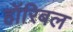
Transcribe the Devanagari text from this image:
हॉरिबल